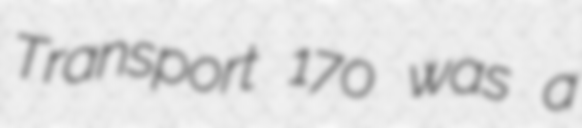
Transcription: Transport 170 was a